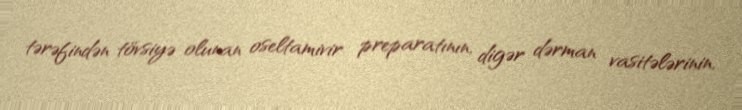
tərəfindən tövsiyə olunan oseltamivir preparatının, digər dərman vasitələrinin,